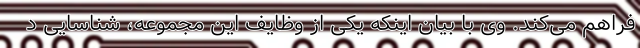
فراهم می‌کند. وی با بیان اینکه یکی از وظایف این مجموعه، شناسایی د